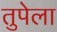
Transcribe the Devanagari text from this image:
तुपेला